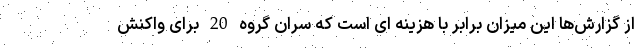
از گزارش‌ها این میزان برابر با هزینه ای است که سران گروه 20 برای واکنش